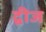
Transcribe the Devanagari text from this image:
द्वीज